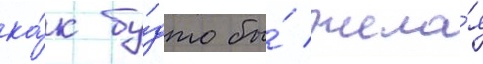
ка́к бу́дто бы́ жела́я